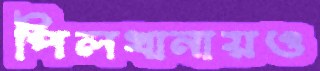
পিলখানায়ও